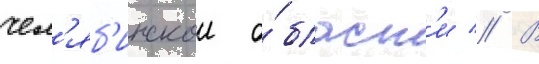
чел'яб'инскои о́бласт'и // В